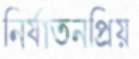
নির্যাতনপ্রিয়